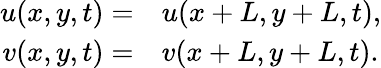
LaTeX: \begin{array}{rl}{u(x,y,t)=}&{{}u(x+L,y+L,t),}\\ {v(x,y,t)=}&{{}v(x+L,y+L,t).}\end{array}